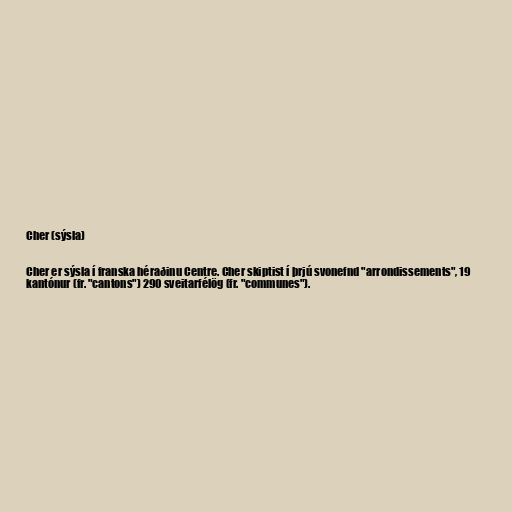
Cher (sýsla)

Cher er sýsla í franska héraðinu Centre. Cher skiptist í þrjú svonefnd "arrondissements", 19
kantónur (fr. "cantons") 290 sveitarfélög (fr. "communes").